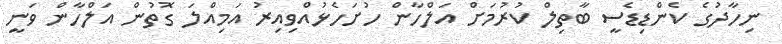
ނިހާދުގެ ކެންޑިޑެސީ ބާތިލް ކުރުމަށް އަލްހާން ހުށަހެޅުއްވިއިރު އަމިއްލަ ގޮތުން އަލްހާން ވަނީ